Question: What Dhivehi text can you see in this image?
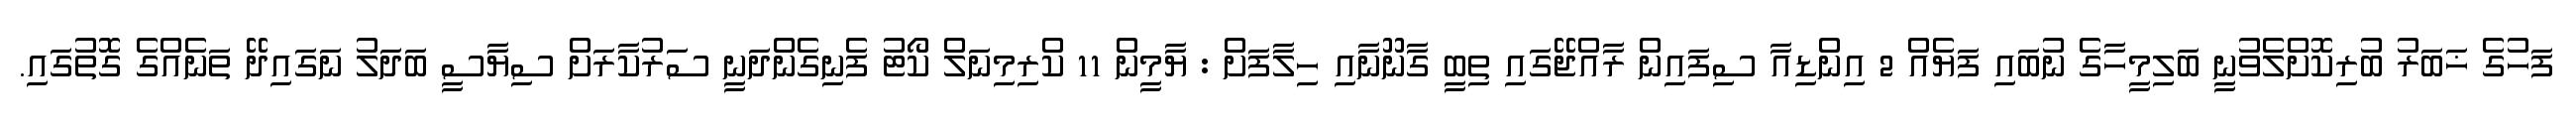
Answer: ފަހުގެ ޚަބަރު ބުރިކޮށްލެވުނީ ބަލިމީހާގެ ނުބައި ފަޔެއް 2 އިންޑިއާ ސިފައިން ރާއްޖޭގައި ތިބީ ގާނޫނާއި ހިލާފަށް : ޔާމީން 11 ކްރިމިނަލް ކޯޓު ފެނިގެންދަނީ ސަރުކާރަށް ސިޔާސީ ބަދަލު ނަގައިދޭ ތަނެއްގެ ގޮތުގައި.